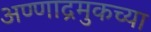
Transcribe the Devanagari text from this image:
अण्णाद्रमुकच्या